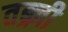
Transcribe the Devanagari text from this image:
तब्र्ज़ी